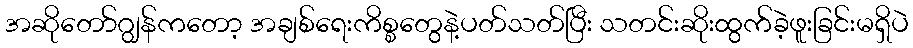
အဆိုတော်ဂျွန်ကတော့ အချစ်ရေးကိစ္စတွေနဲ့ပတ်သတ်ပြီး သတင်းဆိုးထွက်ခဲ့ဖူးခြင်းမရှိပဲ